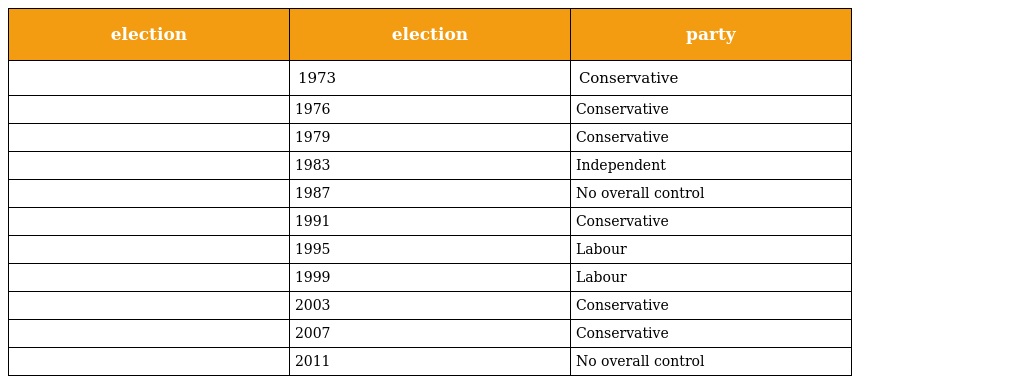
| election | election | party |
 | --- | --- | --- |
 |  | 1973 | Conservative |
 |  | 1976 | Conservative |
 |  | 1979 | Conservative |
 |  | 1983 | Independent |
 |  | 1987 | No overall control |
 |  | 1991 | Conservative |
 |  | 1995 | Labour |
 |  | 1999 | Labour |
 |  | 2003 | Conservative |
 |  | 2007 | Conservative |
 |  | 2011 | No overall control |